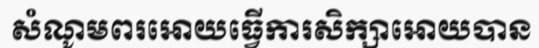
សំណូមពរអោយធ្វើការសិក្សាអោយបាន